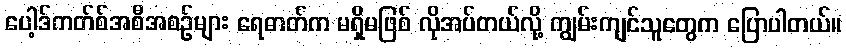
ပေါ့ဒ်ကတ်စ်အစီအစဉ်များ ရေဓာတ်က မရှိမဖြစ် လိုအပ်တယ်လို့ ကျွမ်းကျင်သူတွေက ပြောပါတယ်။